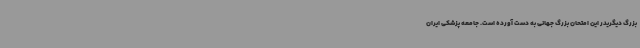
بزرگ دیگریدر این امتحان بزرگ جهانی به دست آورده است. جامعه پزشکی ایران